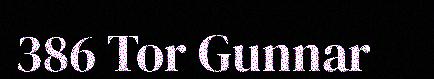
386 Tor Gunnar